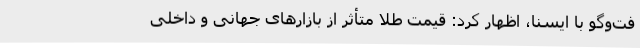
فت‌وگو با ایسنا، اظهار کرد: قیمت طلا متأثر از بازارهای جهانی و داخلی